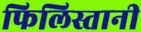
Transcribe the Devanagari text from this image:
फिलिस्तानी